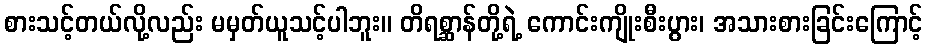
စားသင့်တယ်လို့လည်း မမှတ်ယူသင့်ပါဘူး။ တိရစ္ဆာန်တို့ရဲ့ ကောင်းကျိုးစီးပွား၊ အသားစားခြင်းကြောင့်